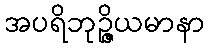
အပရိဘုဉ္ဇိယမာနာ